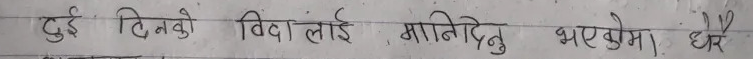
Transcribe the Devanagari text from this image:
दुई दिनको बिदा लाई मानिदिनु भएछ। घर